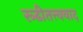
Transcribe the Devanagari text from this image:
रूढीतत्त्ववाद